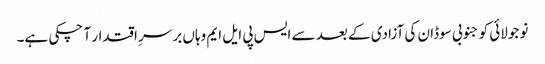
نو جولائی کو جنوبی سوڈان کی آزادی کے بعد سے ایس پی ایل ایم وہاں برسرِ اقتدار آ چکی ہے۔